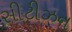
સીટીઝન